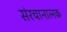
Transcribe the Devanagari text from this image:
संरचानात्नक